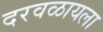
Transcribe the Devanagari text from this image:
दरवळायला